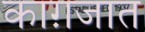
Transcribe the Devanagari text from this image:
काग़जात